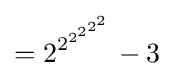
={2^{2^{2^{2^{2^{2}}}}}}-3